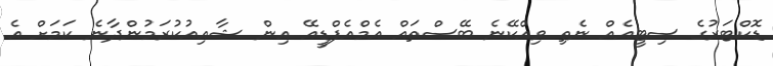
ޑޮކްޓަރުގެ ސިޓީއެއް ނެތި ވިއްކޭނެ ބޭސްތައް އެމްއެފްޑީއޭ އިން ޝާއިއުކުރަމުންދާނެ ކަަމަށް އެ